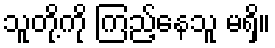
သူတို့ကို ကြည့်နေသူ မရှိ။